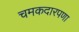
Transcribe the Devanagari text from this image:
चमकदारपणा